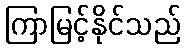
ကြာမြင့်နိုင်သည်